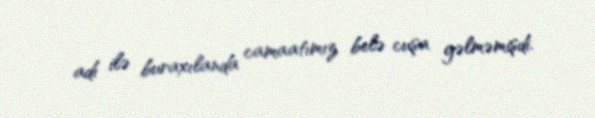
adı ilə buraxılanda camaatımız belə cuşa gəlməmişdi.